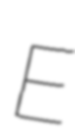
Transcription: E